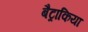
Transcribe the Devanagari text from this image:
बैट्राकिया